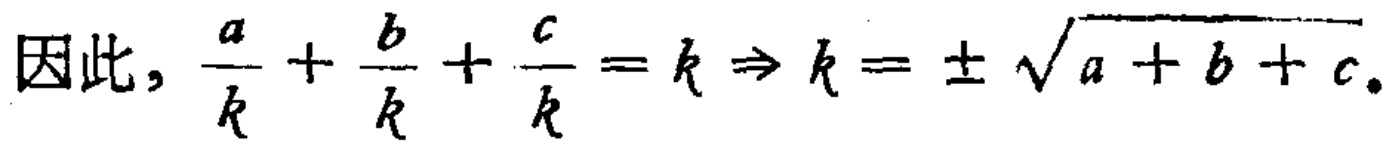
因此, $\frac{a}{k}+\frac{b}{k}+\frac{c}{k}=k \Rightarrow k = \pm\sqrt{a + b + c}$.